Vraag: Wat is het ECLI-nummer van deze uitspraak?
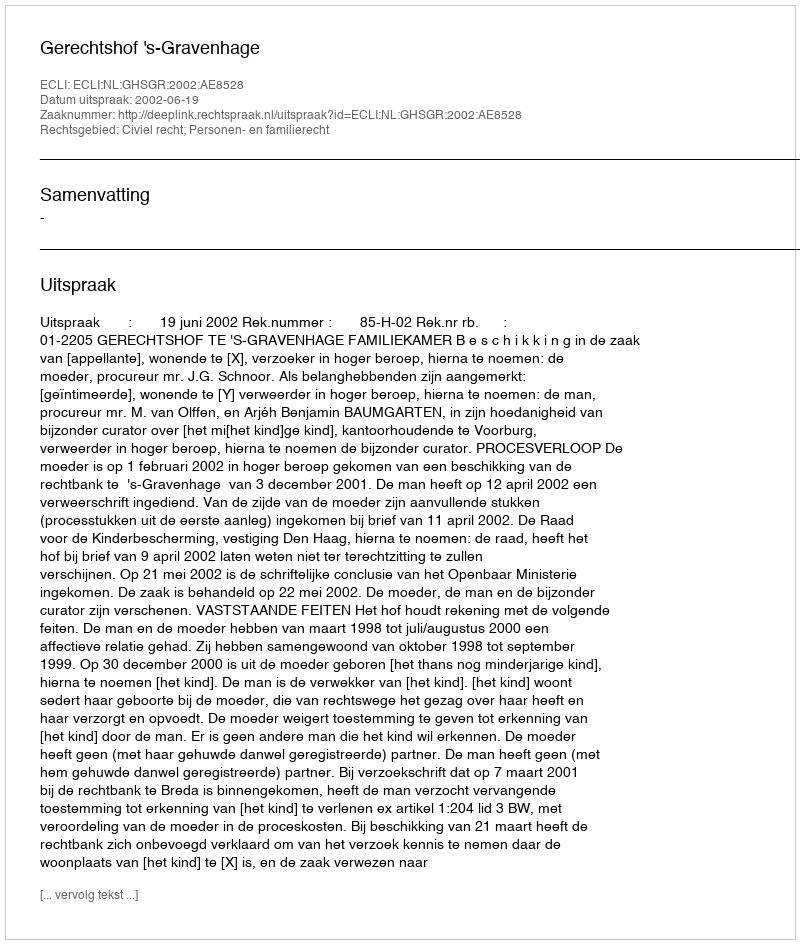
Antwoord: ECLI:NL:GHSGR:2002:AE8528